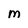
Character: M